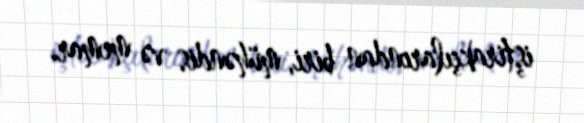
iştirakçılarından biri, mühəndis və memar.